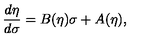
\frac { d \eta } { d \sigma } = B ( \eta ) \sigma + A ( \eta ) ,